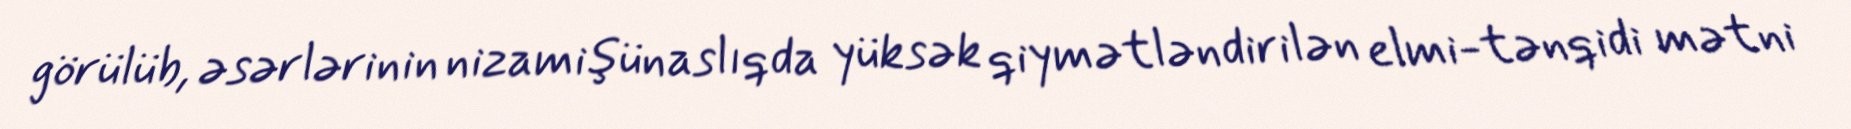
görülüb, əsərlərinin nizamişünaslıqda yüksək qiymətləndirilən elmi-tənqidi mətni